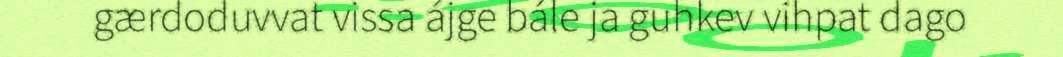
gærdoduvvat vissa ájge bále ja guhkev vihpat dago